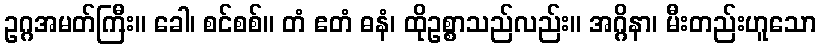
ဥဂ္ဂအမတ်ကြီး။ ခေါ၊ စင်စစ်။ တံ ဧတံ ဓနံ၊ ထိုဥစ္စာသည်လည်း။ အဂ္ဂိနာ၊ မီးတည်းဟူသော